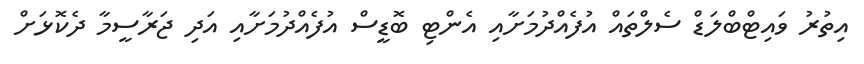
އިތުރު ވައިޓްބްލަޑް ސެލްތައް އުފެއްދުމަށާއި އެންޓި ބޮޑީސް އުފެއްދުމަށާއި އަދި ޖަރާސީމާ ދެކޮޅަށް